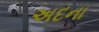
અદના